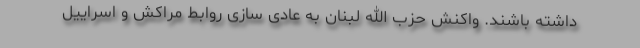
داشته باشند. واکنش حزب الله لبنان به عادی سازی روابط مراکش و اسراییل